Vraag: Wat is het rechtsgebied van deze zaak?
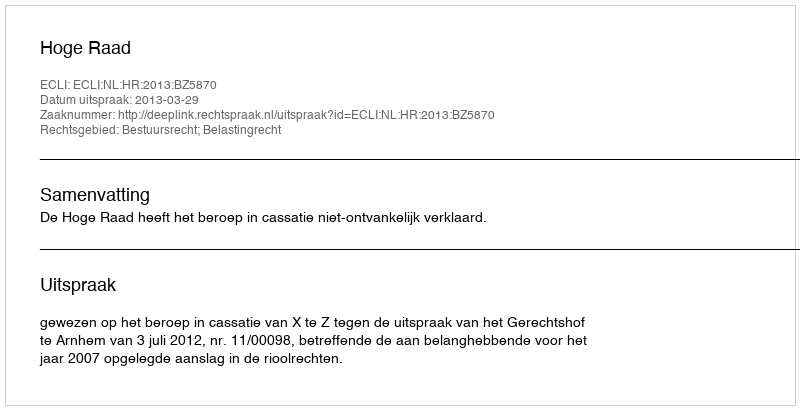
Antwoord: Bestuursrecht; Belastingrecht